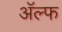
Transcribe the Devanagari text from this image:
अॅल्फ